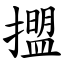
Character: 擝